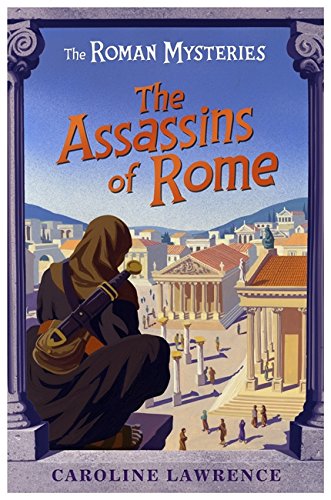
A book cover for The Assassins of Rome (The Roman Mysteries); Caroline Lawrence; Teen & Young Adult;